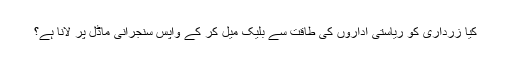
کیا زرداری کو ریاستی اداروں کی طاقت سے بلیک میل کر کے واپس سنجرانی ماڈل پر لانا ہے؟